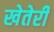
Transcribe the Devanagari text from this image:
खेतेरी